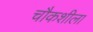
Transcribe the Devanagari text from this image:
चौकशीला